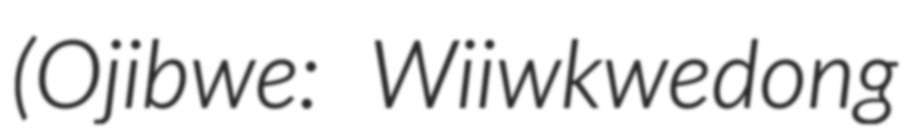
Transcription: (Ojibwe: Wiiwkwedong